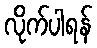
လိုက်ပါရန်